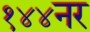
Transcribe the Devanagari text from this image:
१४४नर